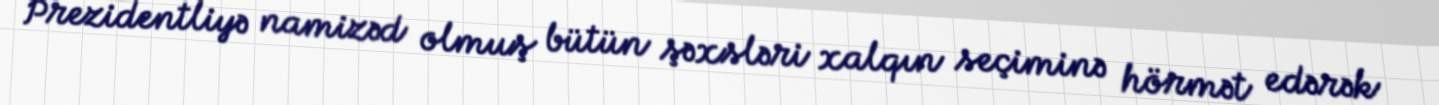
Prezidentliyə namizəd olmuş bütün şəxsləri xalqın seçiminə hörmət edərək